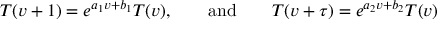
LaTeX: T ( v + 1 ) = e ^ { a _ { 1 } v + b _ { 1 } } T ( v ) , \qquad \mathrm { a n d } \qquad T ( v + \tau ) = e ^ { a _ { 2 } v + b _ { 2 } } T ( v )